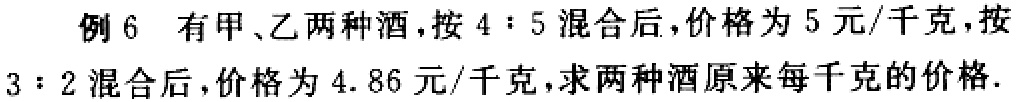
例 6 有甲、乙两种酒，按 \(4:5\) 混合后，价格为 5 元/千克，按 \(3:2\) 混合后，价格为 4.86 元/千克，求两种酒原来每千克的价格.